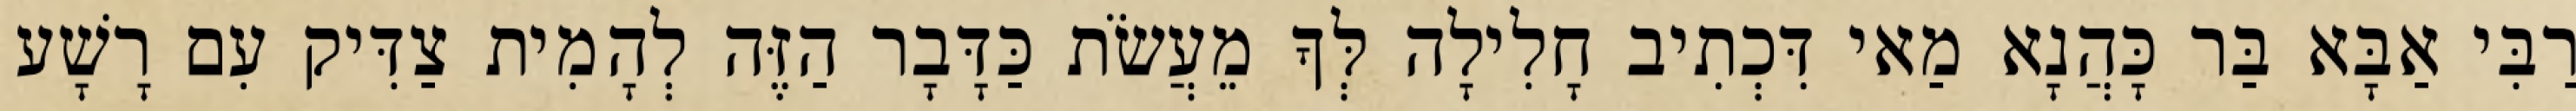
רַבִּי אַבָּא בַּר כָּהֲנָא מַאי דִּכְתִיב חָלִילָה לְּךָ מֵעֲשֹׂת כַּדָּבָר הַזֶּה לְהָמִית צַדִּיק עִם רָשָׁע